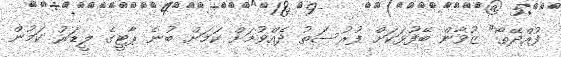
ފުއްދޭތޯ" ޒުވާން ބޭފުޅަކަށް ފުރުސަތު ދެއްވުމަށް ކަމަށް ބުނެ ޕާޓީގެ ލީޑަރު ކަމުން